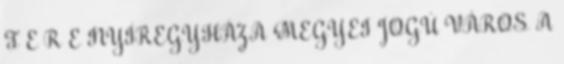
T E R E NYÍREGYHÁZA MEGYEI JOGÚ VÁROS A